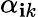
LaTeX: \alpha_{\mathbf{i}k}